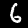
Label: 6